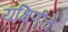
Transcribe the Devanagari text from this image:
यक्षिणींचे